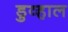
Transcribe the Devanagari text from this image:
डुव्हाल